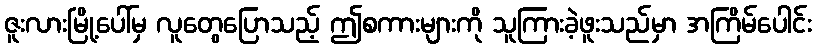
ဇူးလားမြို့ပေါ်မှ လူတွေပြောသည့် ဤစကားများကို သူကြားခဲ့ဖူးသည်မှာ အကြိမ်ပေါင်း